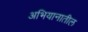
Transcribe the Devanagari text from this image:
अभियानातील